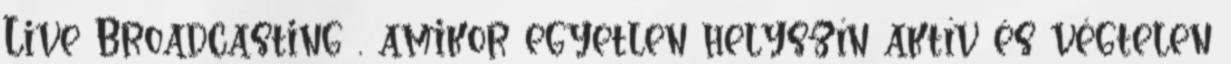
Live Broadcasting , amikor egyetlen helyszín aktív és végtelen